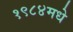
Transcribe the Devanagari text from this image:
१९८४मधे